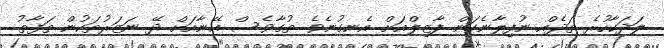
ލަދަކާހުރެ ތަދެއް ނުފިލާނެކަން ފާޒިލްއަށް އެނގުނެވެ. ތުގާވެސް އޭނާއަށް ދޭ ނަޒަރުތަކުން ތަފާތު